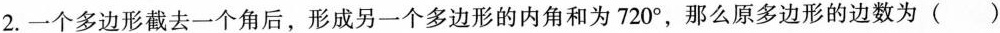
2.一个多边形截去一个角后，形成另一个多边形的内角和为720^ { \circ }，那么原多边形的边数为()